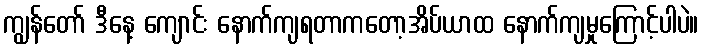
ကျွန်တော် ဒီနေ့ ကျောင်း နောက်ကျရတာကတော့အိပ်ယာထ နောက်ကျမှုကြောင့်ပါပဲ။